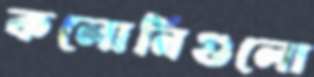
কলোনিগুলো